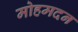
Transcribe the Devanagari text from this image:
मोहमदन